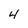
Character: 4